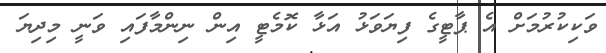
ވަކިކުރުމަށް އެ ޕާޓީގެ ފިޔަވަޅު އަޅާ ކޮމެޓީ އިން ނިންމާފައި ވަނީ މިދިޔަ